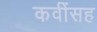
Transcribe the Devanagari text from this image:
कवींसह